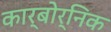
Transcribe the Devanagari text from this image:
कार्बोर्निक